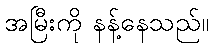
အမြီးကို နန့်နေသည်။